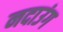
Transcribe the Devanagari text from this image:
नदाउंग